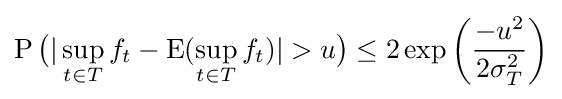
\operatorname {P} {\big (}|\sup _{t\in T}f_{t}-\operatorname {E} (\sup _{t\in T}f_{t})|>u{\big )}\leq 2\exp {\bigg (}{\frac {-u^{2}}{2\sigma _{T}^{2}}}{\bigg )}